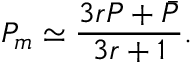
P _ { m } \simeq { \frac { 3 r P + \bar { P } } { 3 r + 1 } } .